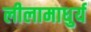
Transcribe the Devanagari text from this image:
लीलामाधुर्य